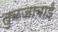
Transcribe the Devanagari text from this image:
तुळजाबाई